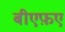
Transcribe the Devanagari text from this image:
बीएफ़ए